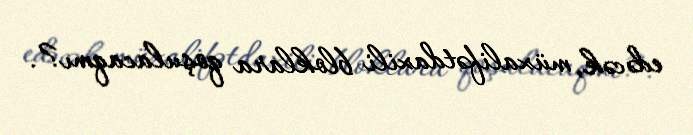
edəcək, müxalifətdaxili bloklara qoşulacaqmı?.